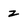
Character: z